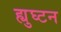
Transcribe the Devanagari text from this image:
ह्युघ्टन